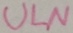
Text: ULN